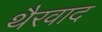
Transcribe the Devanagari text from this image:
थैरवाद